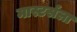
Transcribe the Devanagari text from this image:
मास्टर्सला